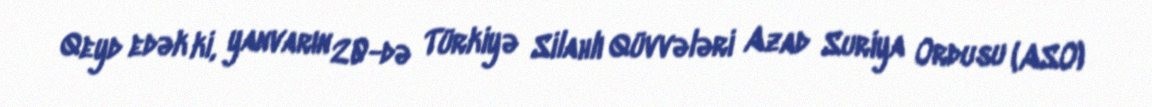
Qeyd edək ki, yanvarın 20-də Türkiyə Silahlı Qüvvələri Azad Suriya Ordusu (ASO)